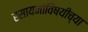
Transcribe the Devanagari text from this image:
रसायनांविषयीच्या